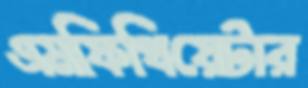
এমফিথিয়েটার